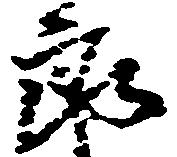
郎